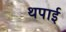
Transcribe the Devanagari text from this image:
थपाई